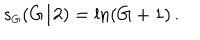
s _ { \scriptscriptstyle G } ( G / 2 ) = \ln ( G + 1 ) \, .